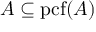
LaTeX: A \subseteq \mathrm { { p c f } } ( A )